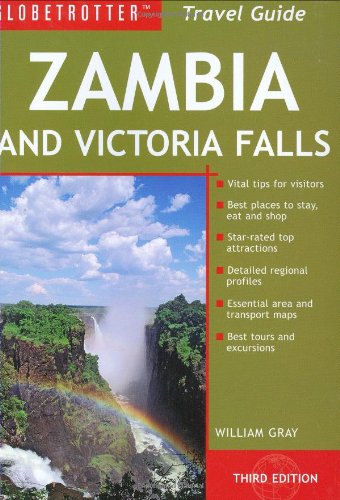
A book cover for Zambia and Victoria Falls Travel Pack (Globetrotter Travel Packs); William Gray; Travel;